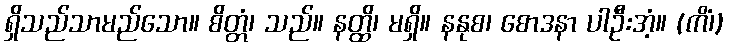
ရှိသည်သာမည်သော။ စိတ္တံ၊ သည်။ နတ္ထိ၊ မရှိ။ နနုစ၊ စောဒနာ ပါဦးအံ့။ (ကိံ၊)